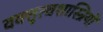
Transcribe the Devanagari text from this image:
वक्तृत्वशास्त्रियों